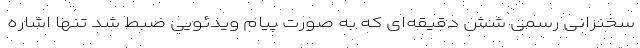
سخنرانی رسمی شش دقیقه‌ای که به صورت پیام ویدئویی ضبط شد تنها اشاره